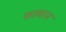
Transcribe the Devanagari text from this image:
सल्तन